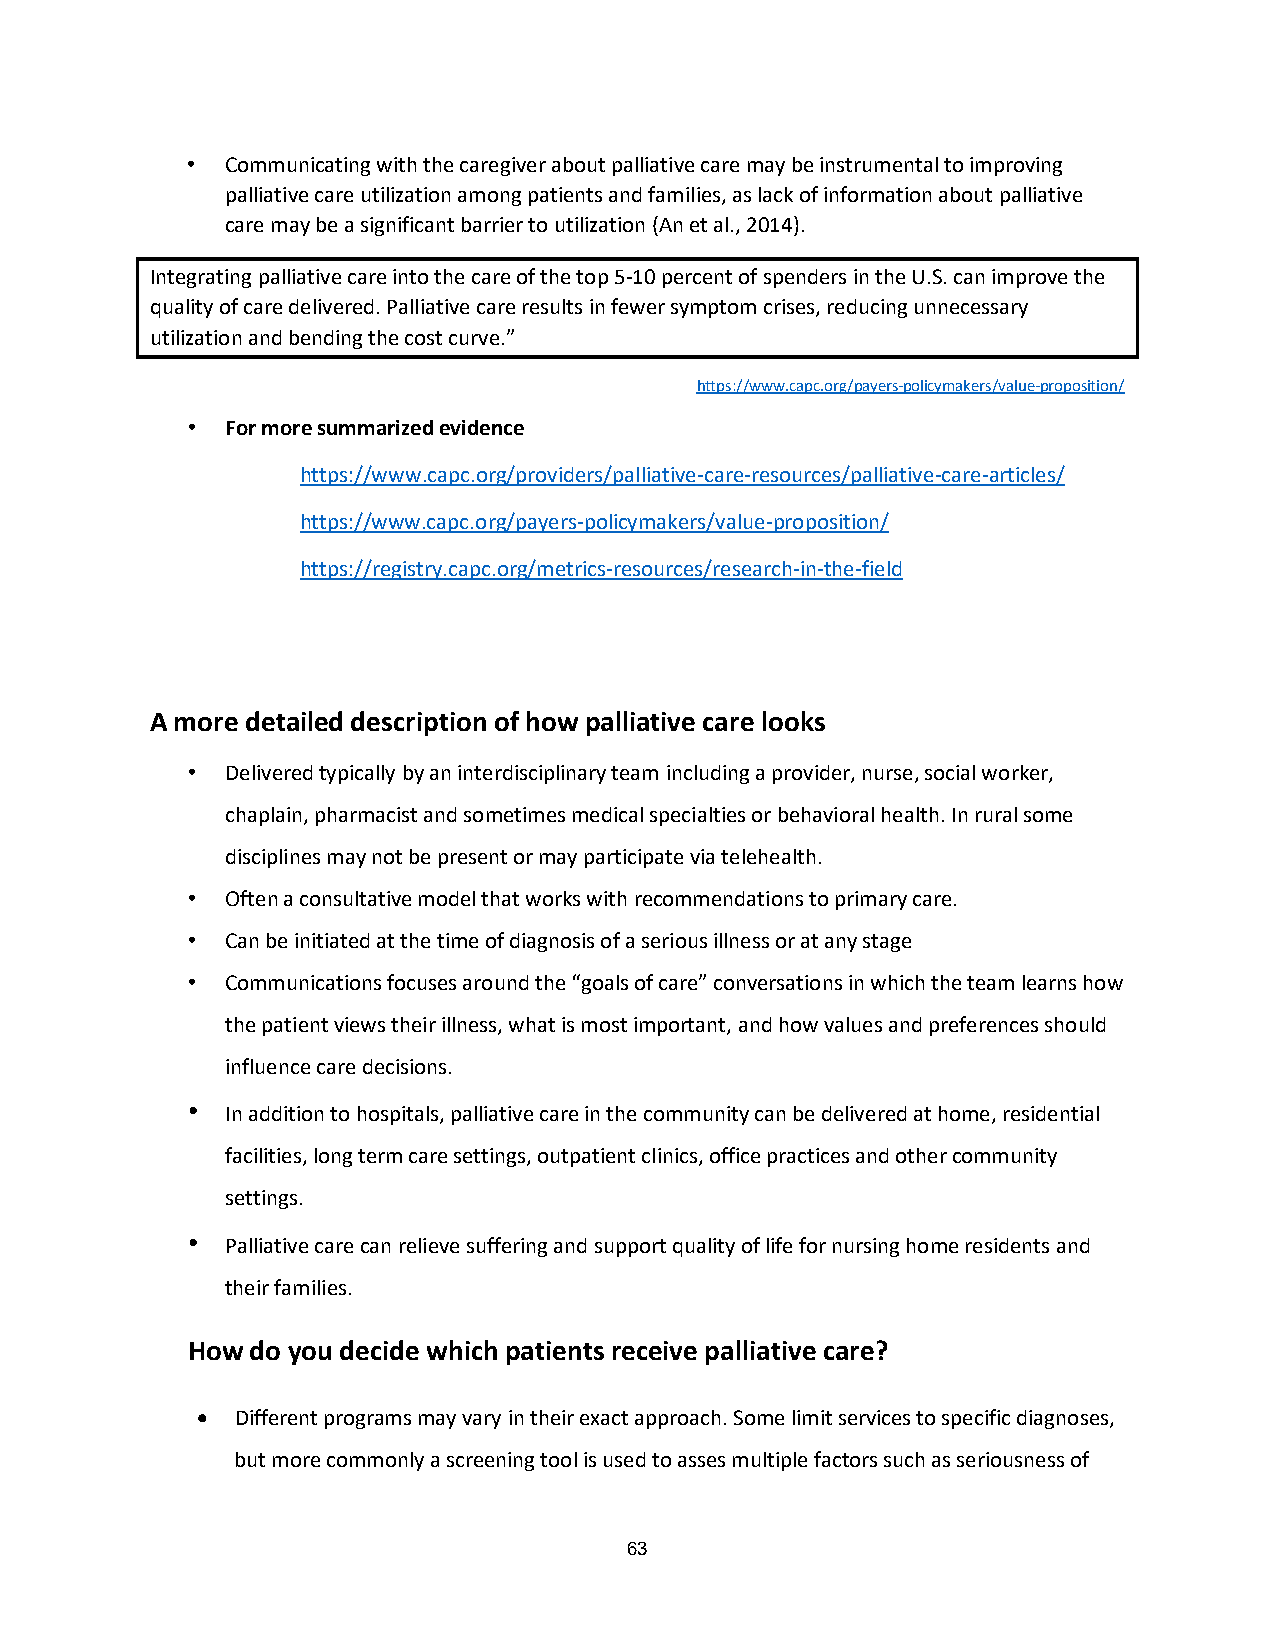
•  Communicating with the caregiver about palliative care may be instrumental to improving
 palliative care utilization among patients and families, as lack of information about palliative
 care may be a significant barrier to utilization (An et al., 2014).
 Integrating palliative care into the care of the top 5-10 percent of spenders in the U.S. can improve the
 quality of care delivered. Palliative care results in fewer symptom crises, reducing unnecessary
 utilization and bending the cost curve.”
 https://www.capc.org/payers-policymakers/value-proposition/
 •  For more summarized evidence
 https://www.capc.org/providers/palliative-care-resources/palliative-care-articles/
 https://www.capc.org/payers-policymakers/value-proposition/
 https://registry.capc.org/metrics-resources/research-in-the-field
 A more detailed description of how palliative care looks
 •  Delivered typically by an interdisciplinary team including a provider, nurse, social worker,
 chaplain, pharmacist and sometimes medical specialties or behavioral health. In rural some
 disciplines may not be present or may participate via telehealth.
 •  Often a consultative model that works with recommendations to primary care.
 •  Can be initiated at the time of diagnosis of a serious illness or at any stage
 •  Communications focuses around the “goals of care” conversations in which the team learns how
 the patient views their illness, what is most important, and how values and preferences should
 influence care decisions.
 •  In addition to hospitals, palliative care in the community can be delivered at home, residential
 facilities, long term care settings, outpatient clinics, office practices and other community
 settings.
 •  Palliative care can relieve suffering and support quality of life for nursing home residents and
 their families.
 How  do you decide which patients receive palliative care?
 •  Different programs may vary in their exact approach. Some limit services to specific diagnoses,
 but more commonly a screening tool is used to asses multiple factors such as seriousness of
 63